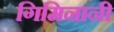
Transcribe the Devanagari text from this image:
गिमिनानी